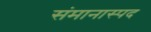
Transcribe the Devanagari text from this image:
संमानास्पद